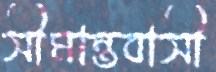
সীমান্তবাসী